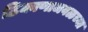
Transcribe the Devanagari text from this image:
ठिकाणाजवळच्या